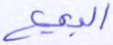
البيع